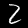
Label: 2